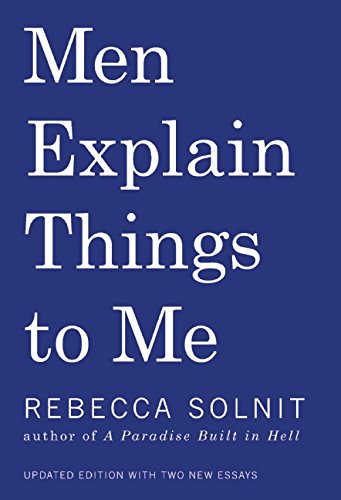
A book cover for Men Explain Things To Me; Rebecca Solnit; Humor & Entertainment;